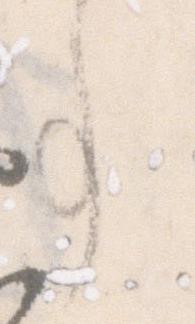
事